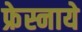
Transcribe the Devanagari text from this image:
फ्रेस्नाये